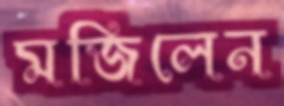
মজিলেন